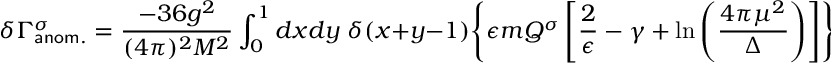
\delta \Gamma _ { \sf { a n o m . } } ^ { \sigma } = \frac { - 3 6 g ^ { 2 } } { ( 4 \pi ) ^ { 2 } M ^ { 2 } } \int _ { 0 } ^ { 1 } d x d y \; \delta ( x + y - 1 ) \Biggl \{ \epsilon m Q ^ { \sigma } \left[ \frac { 2 } { \epsilon } - \gamma + \ln \left( \frac { 4 \pi \mu ^ { 2 } } { \Delta } \right) \right] \Biggr \} .